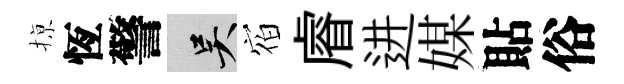
𢱊恆警吴𪧐𥈠进媒貼俗